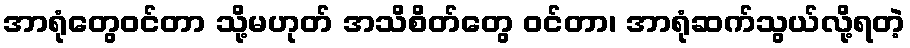
အာရုံတွေဝင်တာ သို့မဟုတ် အသိစိတ်တွေ ဝင်တာ၊ အာရုံဆက်သွယ်လို့ရတဲ့